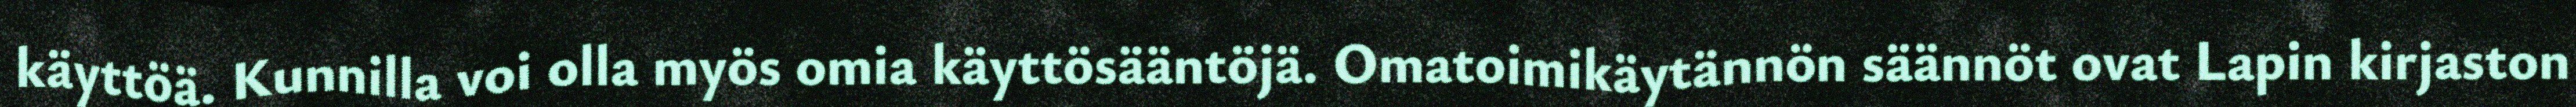
käyttöä. Kunnilla voi olla myös omia käyttösääntöjä. Omatoimikäytännön säännöt ovat Lapin kirjaston